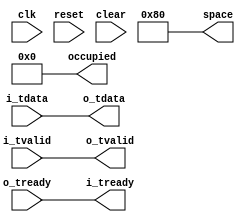
//
// Copyright 2012-2013 Ettus Research LLC
//

 

// Block RAM AXI fifo

// Special case SIZE <= 5 uses a short fifo

module axi_fifo_fake
  #(parameter WIDTH=32, SIZE=9)
   (input clk, input reset, input clear,
    input [WIDTH-1:0] i_tdata,
    input i_tvalid,
    output i_tready,
    output [WIDTH-1:0] o_tdata,
    output o_tvalid,
    input o_tready,
    
    output  [17:0] space,
    output  [17:0] occupied);

assign o_tdata = i_tdata;
assign o_tvalid = i_tvalid;
assign i_tready = o_tready;

assign space = 128;
assign occupied = 0;

endmodule // fifo_long